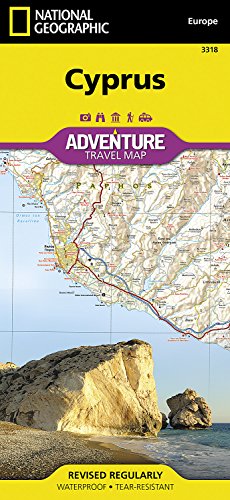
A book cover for Cyprus (National Geographic Adventure Map); National Geographic Maps - Adventure; Travel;